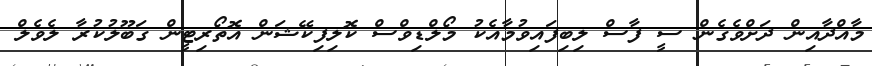
މާއްދާއިން ދަށްވެގެން ސީ ފާސް ލިބިފައިވުމާއެކު މޯލްޑިވްސް ކޮލިފިކޭޝަން އޮތޯރިޓީން ގަބޫލުކުރާ ލެވެލް